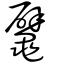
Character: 鼊